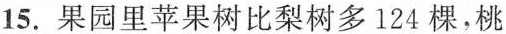
15.果园里苹果树比梨树多124棵，桃